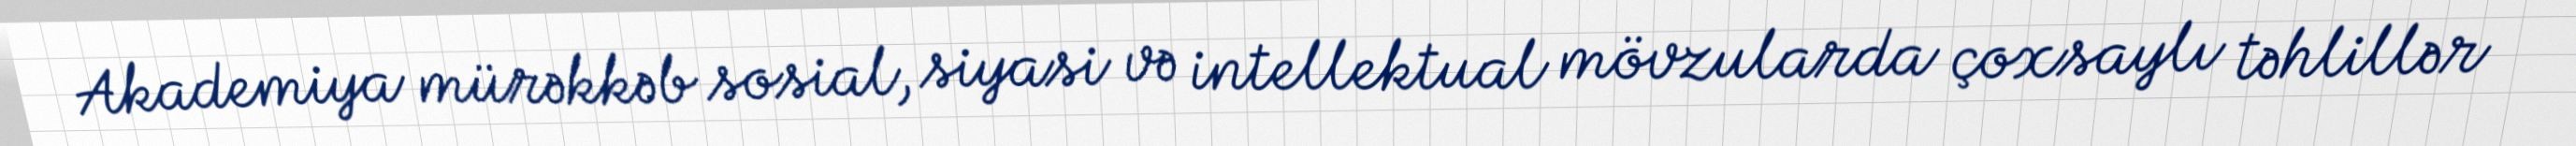
Akademiya mürəkkəb sosial, siyasi və intellektual mövzularda çoxsaylı təhlillər